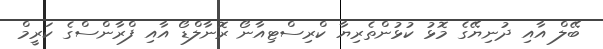
ބޭލް އާއި ދުނިޔޭގެ މޮޅު ކުޅުންތެރިޔާ ކްރިސްޓިއާނޯ ރޮނާލްޑޯ އާއި ފްރާންސްގެ ކަރީމް